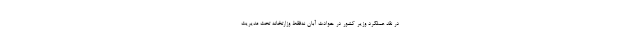
در نقد عملکرد وزیر کشور در حوادث آبان نه‌فقط وزارتخانه تحت مدیریت